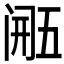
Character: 𮤴